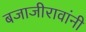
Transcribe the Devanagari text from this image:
बजाजीरावांनी